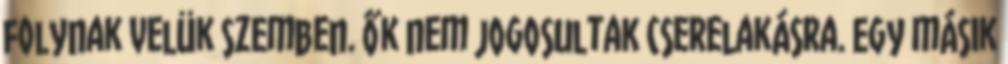
folynak velük szemben. Ők nem jogosultak cserelakásra. Egy másik